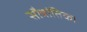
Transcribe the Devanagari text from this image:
सौत्रांतिक।